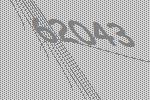
62043